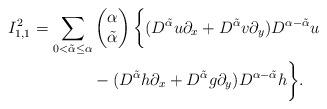
LaTeX: \begin{align*}\begin{aligned}I^2_{1,1}=\sum_{0<\tilde{\alpha}\leq \alpha}&\begin{pmatrix} \alpha \\ \tilde{\alpha} \end{pmatrix}\bigg\{(D^{\tilde{\alpha}}u\partial_x+D^{\tilde{\alpha}}v\partial_y)D^{\alpha-\tilde{\alpha}}u\\&-(D^{\tilde{\alpha}}h\partial_x+D^{\tilde{\alpha}}g\partial_y)D^{\alpha-\tilde{\alpha}}h\bigg\}.\end{aligned}\end{align*}